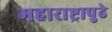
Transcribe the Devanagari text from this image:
महाराष्ट्रापुढे